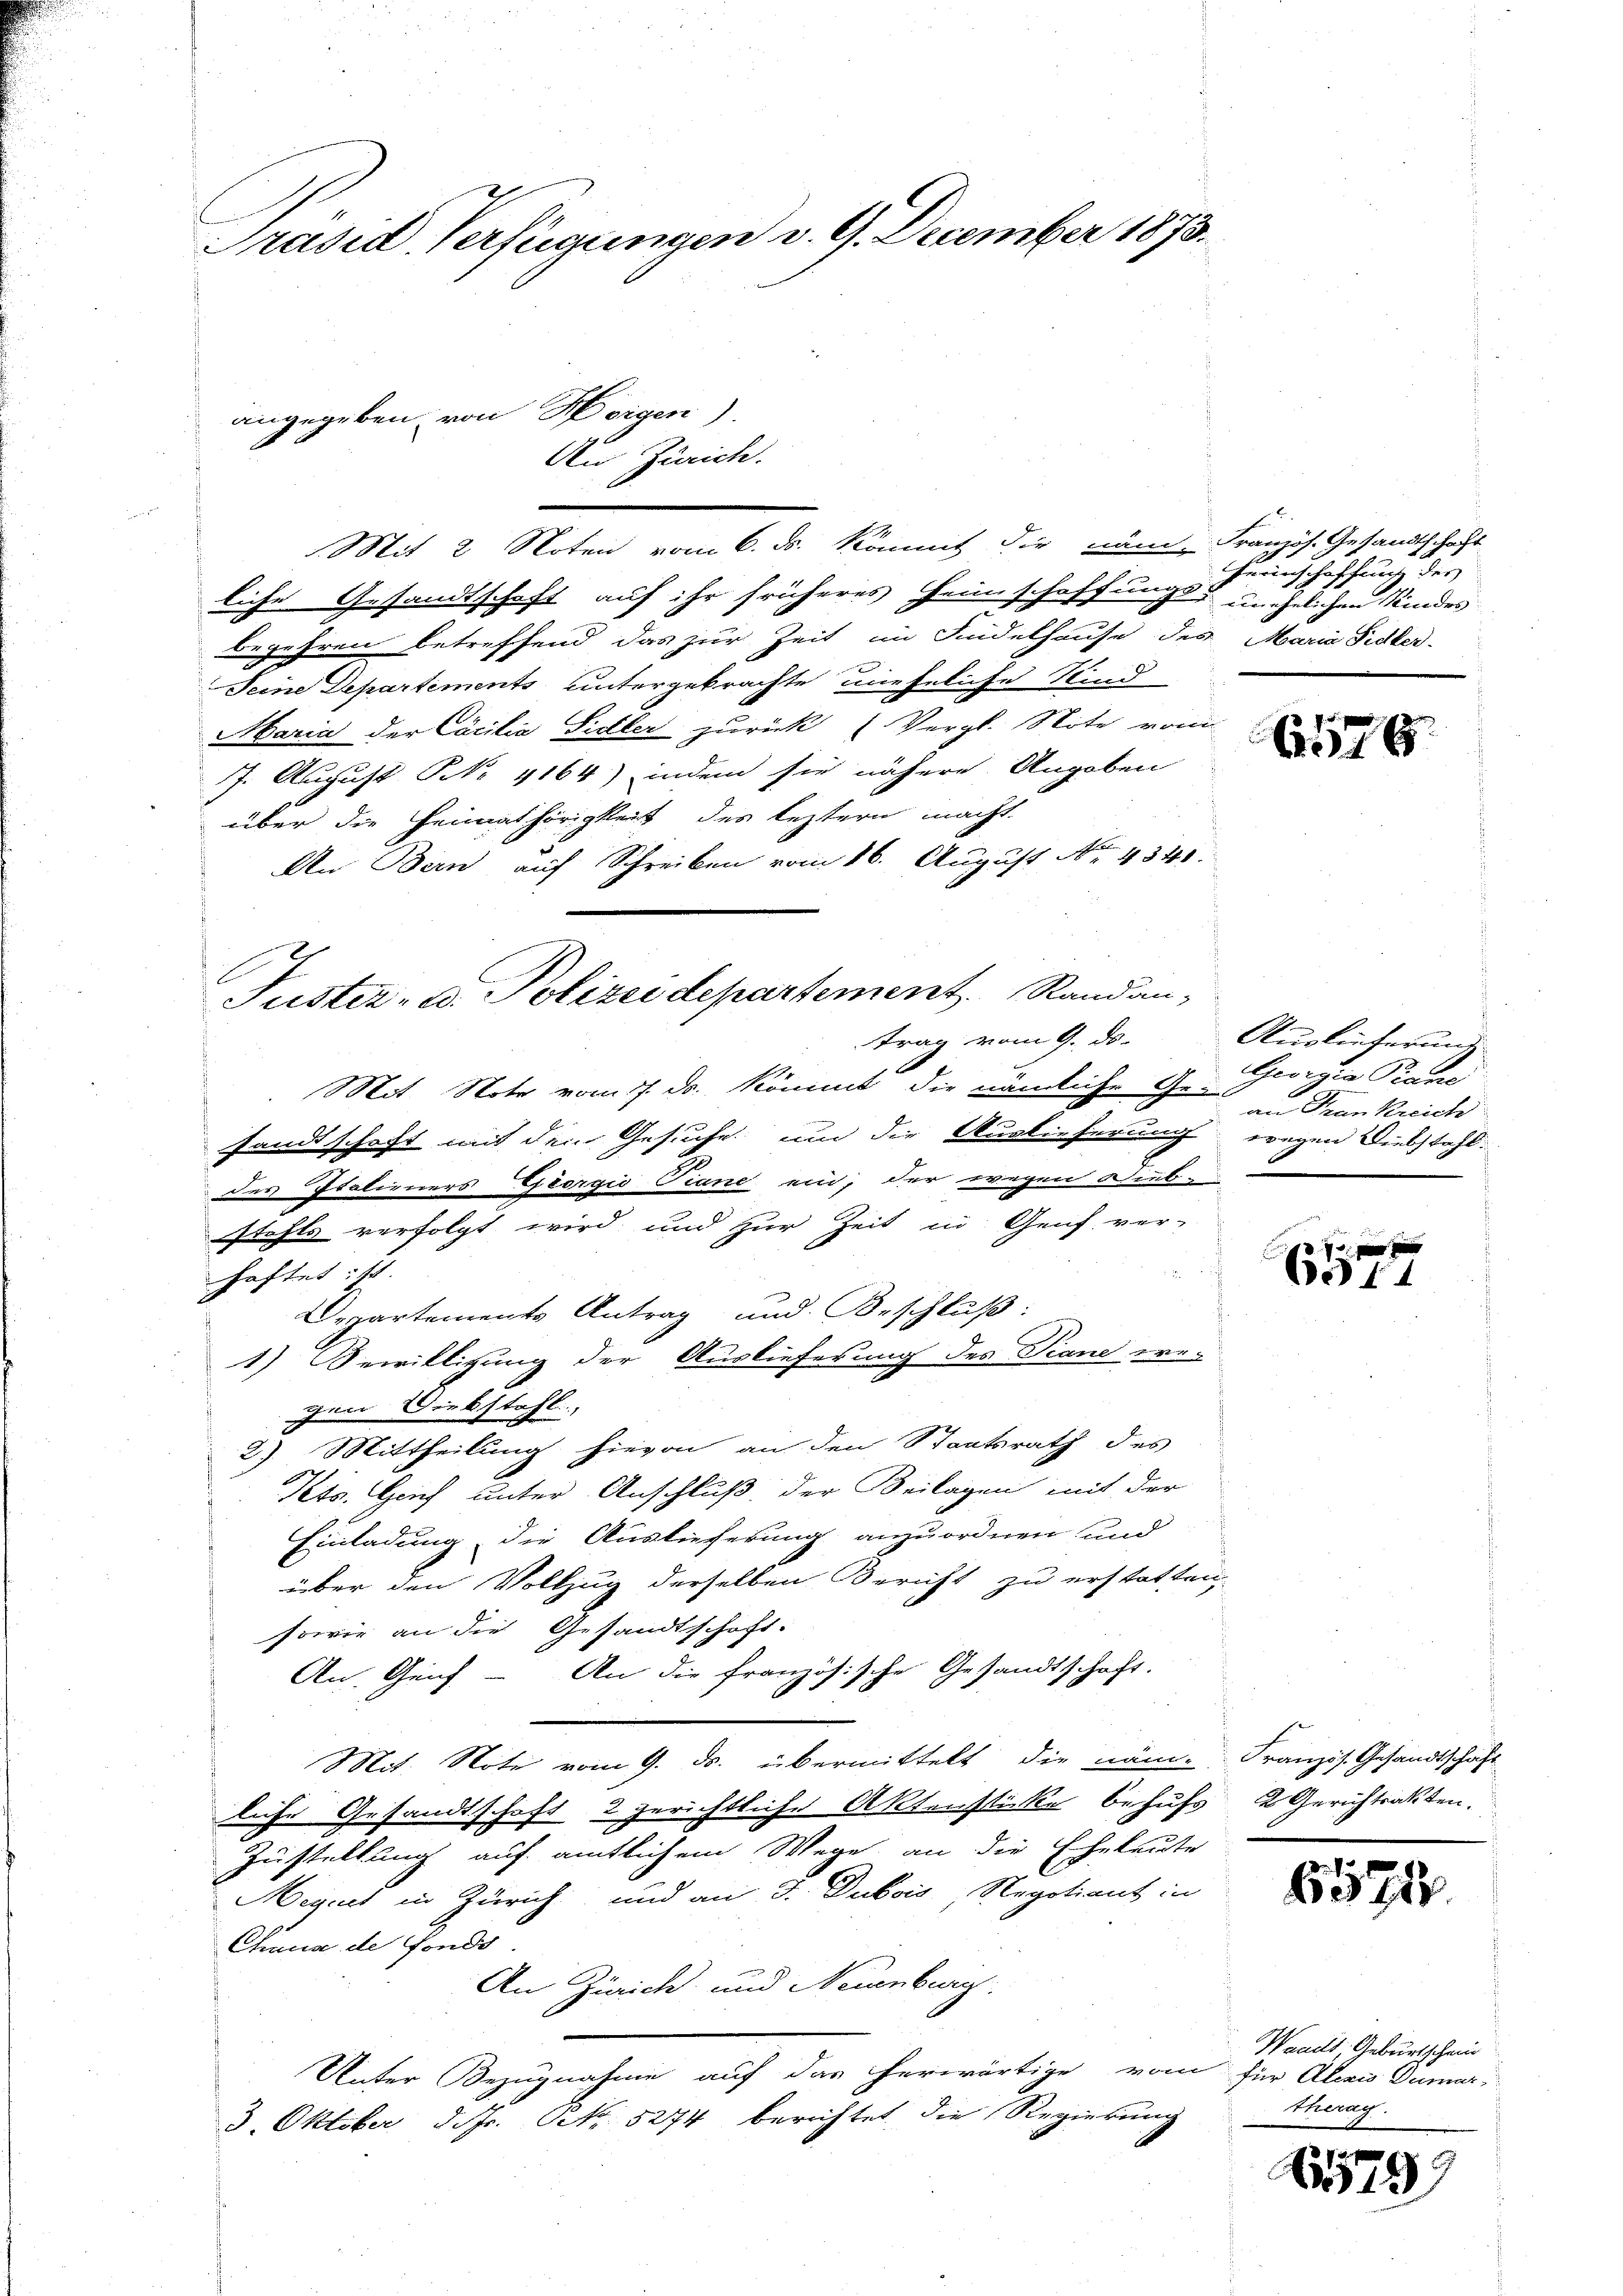
Präsid. Verfügungen d. 9. December 1873.

Tuster- u. Polizei departement. Randantrag vom 9. ds.

angegeben, von Horgen)
c

An Zürich.

Mit 2 Noten vom 6. ds. Kömmt die num Französ. Gesandtschaft
liche Gesandtschaft auf ihr früheres Heimschaffungs- unehelichen Kindes
begehren betreffend das zur Zeit im Findelhause des Maria Fidler-
Seine Departements untergebrachte uneheliche Kind
Maria der Cocilia Sidler zurück (Vergl. Note vom
17. August NNo. 4164) indem sie nähere Angaben
über die Heimathörigkeit des leztern macht.
An Bern auf Schreiben vom 16. August No. 4341.
Mit Note vom 7. ds. Kömmt, die nämliche Ge- Georgia Traue
sandtschaft mit den Gesuche um die Auslieferung wegen Diebstahl:
des Italieners Georgio Tiane ein, der wegen Dieb-
stahls verfolgt wird und zur Zeit in Genf ver-
haftet ist.
Departements Antrag und Beschluß:
1) Bewilligung der Auslieferung des Piane we-
gen Diebstahl,
2) Mittheilung hievon an den Staatsrath des
Kts. Zeich unter Anschluß der Beilagen mit der
Einladung die Auslieferung anzuordnen und
über den Vollzug derselben Bericht zu erstatten,
sowie an die Gesandtschaft.
An. Genf – An die französische Gesandtschaft.
Mit. Note vom 9. ds. übermittelt die näm. Französ. Gesandtschaft
liche Gesandtschaft 2 gerichtliche Aktensticke behufs 2 Gerichtrakten.
Zustellung auf amtlichem Wege an die Eheleute
Megirt in Zürich und an J. Dubois Regotiant in
Chaus de fonds
An Zürich und Neuenburg.
Unter Bezugnahme auf das herwärtige vom für Alexis Dumari
3. Oktober d. Js. NNo. 5274 berichtet die Regierung

Herinschaffung des

6576

Auslieferung
an Frankreich

1090 g
44

6575

Waadt, Geburtschein
therag.

15799